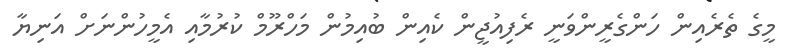
މީގެ ތެރެއިން ހަންގެރީންވަނީ ރެފިއުޖީން ކެއިން ބުއިމުން މަހްރޫމް ކުރުމާއި އެމީހުންނަށް އަނިޔާ